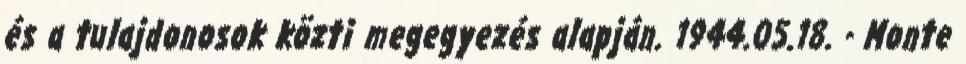
és a tulajdonosok közti megegyezés alapján. 1944.05.18. - Monte